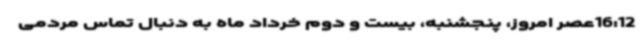
16:12عصر امروز، پنجشنبه، بیست و دوم خرداد ماه به دنبال تماس مردمی